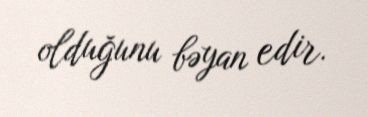
olduğunu bəyan edir.